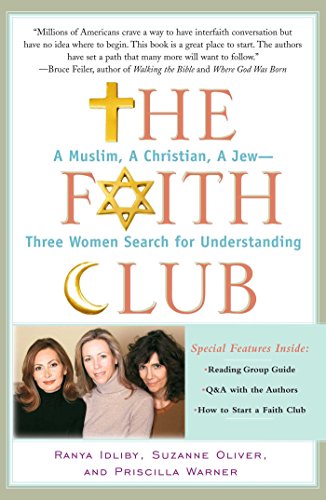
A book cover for The Faith Club: A Muslim, A Christian, A Jew-- Three Women Search for Understanding; Ranya Idliby; Christian Books & Bibles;